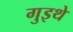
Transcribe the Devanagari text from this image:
गुइथे